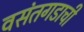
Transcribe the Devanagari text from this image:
वसंतगडाची